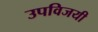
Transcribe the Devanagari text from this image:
उपविजयी